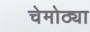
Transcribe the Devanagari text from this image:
चेमोठ्या